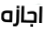
اجازه